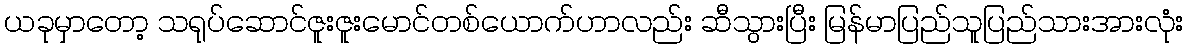
ယခုမှာတော့ သရုပ်ဆောင်ဇူးဇူးမောင်တစ်ယောက်ဟာလည်း ဆီသွားပြီး မြန်မာပြည်သူပြည်သားအားလုံး